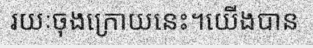
រយៈចុងក្រោយនេះ។យើងបាន